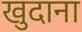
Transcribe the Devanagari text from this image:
खुदाना